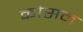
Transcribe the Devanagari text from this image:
कोसन